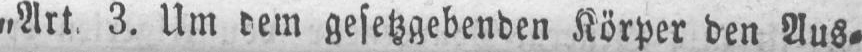
„Art 3. Um dem gesetzgebenden Körper den Aus⸗